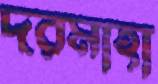
দরমাহা